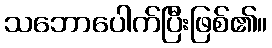
သဘောပေါက်ပြီးဖြစ်၏။